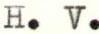
H. V.